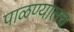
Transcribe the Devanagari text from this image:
पाळण्यातच